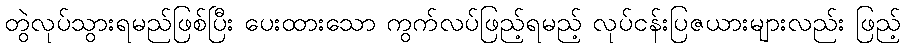
တွဲလုပ်သွားရမည်ဖြစ်ပြီး ပေးထားသော ကွက်လပ်ဖြည့်ရမည့် လုပ်ငန်းပြဇယားများလည်း ဖြည့်